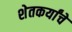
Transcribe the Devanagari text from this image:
शेतकर्यांचे